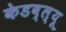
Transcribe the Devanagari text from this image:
केडब्ल्यू